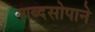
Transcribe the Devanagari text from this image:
शब्दसोपाने